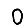
Digit: 0